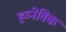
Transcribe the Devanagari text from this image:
हव्नेविक